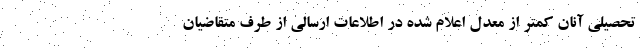
تحصیلی آنان کمتر از معدل اعلام شده در اطلاعات ارسالی از طرف متقاضیان